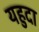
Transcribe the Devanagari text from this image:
यहुदा